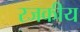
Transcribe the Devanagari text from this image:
रजकीय